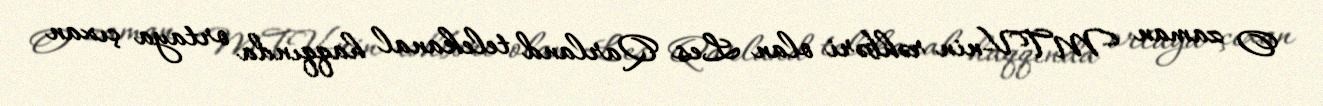
O zaman MTV-nin rəhbəri olan Les Qarland telekanal haqqında ortaya çıxan